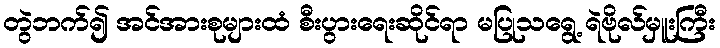
တွဲဘက်၍ အင်အားစုများထံ စီးပွားရေးဆိုင်ရာ မပြုသရွေ့ ရဲဗိုလ်မှူးကြီး